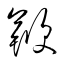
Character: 鞭